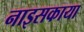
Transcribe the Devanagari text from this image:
नाइसकाया